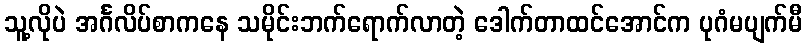
သူ့လိုပဲ အင်္ဂလိပ်စာကနေ သမိုင်းဘက်ရောက်လာတဲ့ ဒေါက်တာထင်အောင်က ပုဂံမပျက်မီ